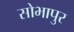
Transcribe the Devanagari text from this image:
सोभापुर